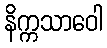
နိက္ကသာဝေါ